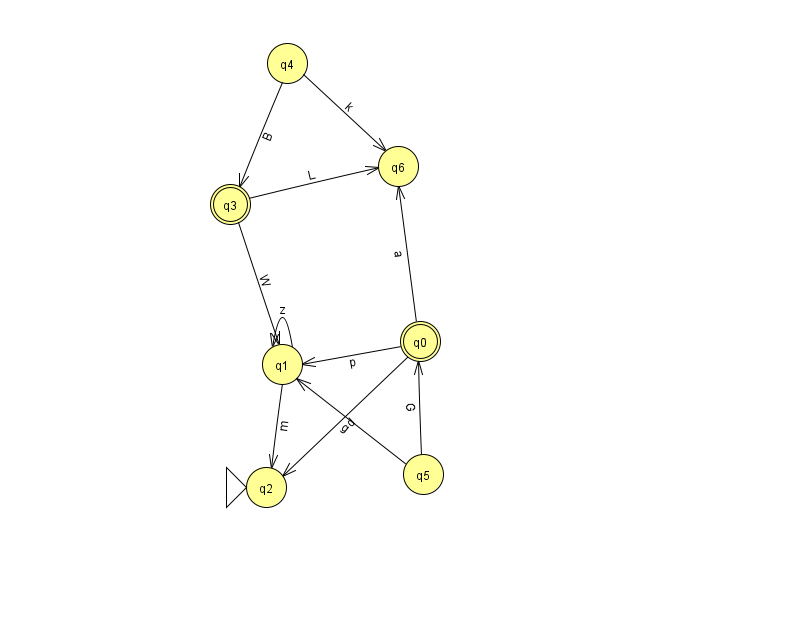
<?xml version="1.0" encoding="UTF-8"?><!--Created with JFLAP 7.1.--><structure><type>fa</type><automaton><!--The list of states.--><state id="0" name="q0"><x>420.0</x><y>328.0</y><final/></state><state id="1" name="q1"><x>282.0</x><y>351.0</y></state><state id="2" name="q2"><x>266.0</x><y>474.0</y><initial/></state><state id="3" name="q3"><x>230.0</x><y>191.0</y><final/></state><state id="4" name="q4"><x>287.0</x><y>50.0</y></state><state id="5" name="q5"><x>423.0</x><y>461.0</y></state><state id="6" name="q6"><x>398.0</x><y>153.0</y></state><!--The list of transitions.--><transition><from>5</from><to>1</to><read>g</read></transition><transition><from>1</from><to>2</to><read>m</read></transition><transition><from>3</from><to>6</to><read>L</read></transition><transition><from>4</from><to>3</to><read>B</read></transition><transition><from>0</from><to>1</to><read>p</read></transition><transition><from>5</from><to>0</to><read>G</read></transition><transition><from>4</from><to>6</to><read>k</read></transition><transition><from>0</from><to>6</to><read>a</read></transition><transition><from>1</from><to>1</to><read>z</read></transition><transition><from>3</from><to>1</to><read>W</read></transition><transition><from>0</from><to>2</to><read>d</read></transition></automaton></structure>